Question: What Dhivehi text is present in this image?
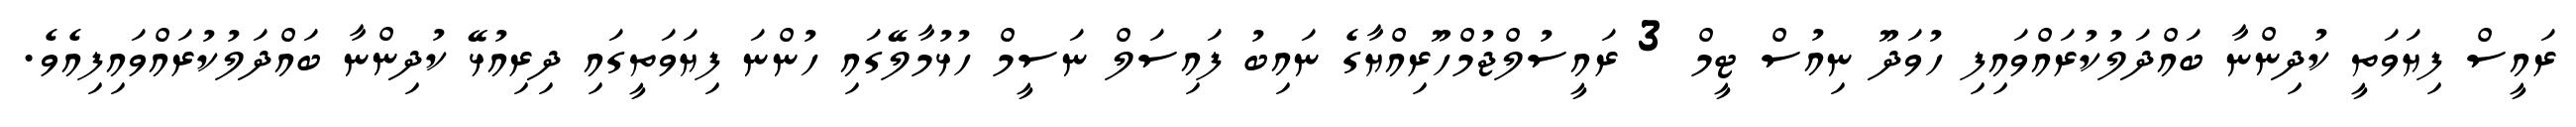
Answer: ރައީސް ފިޔަވަތީ ކުދިންނާ ބައްދަލުކުރައްވައިފި ހުވަދޫ ނިއުސް ޓީމް 3 ރައީސުލްޖުމްހޫރިއްޔާގެ ނައިބު ފައިސަލް ނަސީމް ހުޅުމާލޭގައި ހުންނަ ފިޔަވަތީގައި ދިރިއުޅޭ ކުދިންނާ ބައްދަލުކުރައްވައިފިއެވެ.